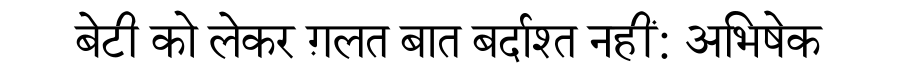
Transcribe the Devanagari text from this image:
बेटी को लेकर ग़लत बात बर्दाश्त नहीं: अभिषेक